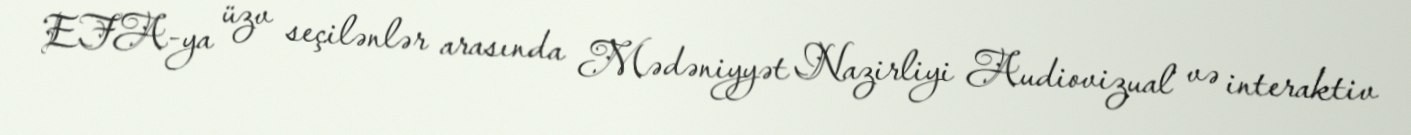
EFA-ya üzv seçilənlər arasında Mədəniyyət Nazirliyi Audiovizual və interaktiv